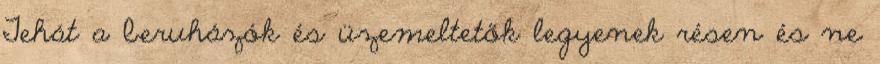
Tehát a beruházók és üzemeltetők legyenek résen és ne